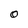
Character: O